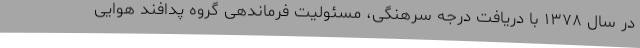
در سال ۱۳۷۸ با دریافت درجه سرهنگی، مسئولیت فرماندهی گروه پدافند هوایی